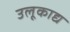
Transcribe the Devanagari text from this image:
उलूकाद्य